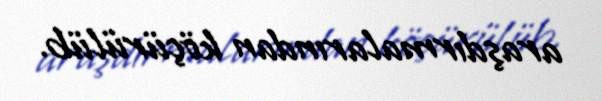
araşdırmalarından köçürülüb.